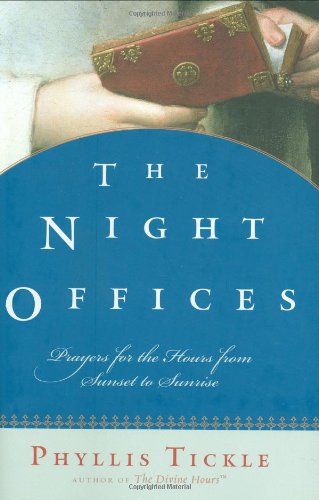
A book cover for The Night Offices: Prayers for the Hours from Sunset to Sunrise; Phyllis Tickle; Christian Books & Bibles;